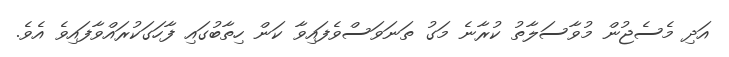
އަދި މެސެޖުން މުވާސަލާތު ކުރާނެ މަގު ތަނަވަސްވެފައިވާ ކަން ހިތާބުގައި ފާހަގަކުރައްވާފައިވެ އެވެ.